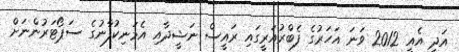
އަދި އެއީ 2012 ވަނަ އަހަރުގެ ފެބްރުއަރީގައި ރައީސް ނަޝީދާއި އެމަނިކުފާނުގެ ސަޕޯޓަރުންނަށް